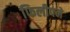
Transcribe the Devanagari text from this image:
फिलीपने